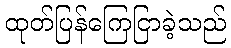
ထုတ်ပြန်ကြေငြာခဲ့သည်